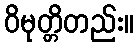
ဝိမုတ္တိတည်း။